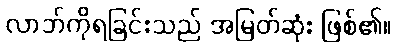
လာဘ်ကိုရခြင်းသည် အမြတ်ဆုံး ဖြစ်၏။